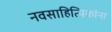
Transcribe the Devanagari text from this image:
नवसाहित्यिकांना